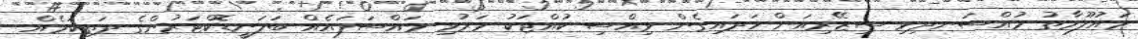
މައުލޫމާތު މުއްސަނދިވި ސިޒޭރިއަން ހަދައިގެން ވިއްސި ކުއްޖަކު މަރުވި މައްސަލައެއް ބަލަނީޑޮކްޓަރުންގެ ދަތިކަމެއް